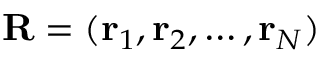
\mathbf { R } = ( \mathbf { r } _ { 1 } , \mathbf { r } _ { 2 } , \ldots , \mathbf { r } _ { N } )